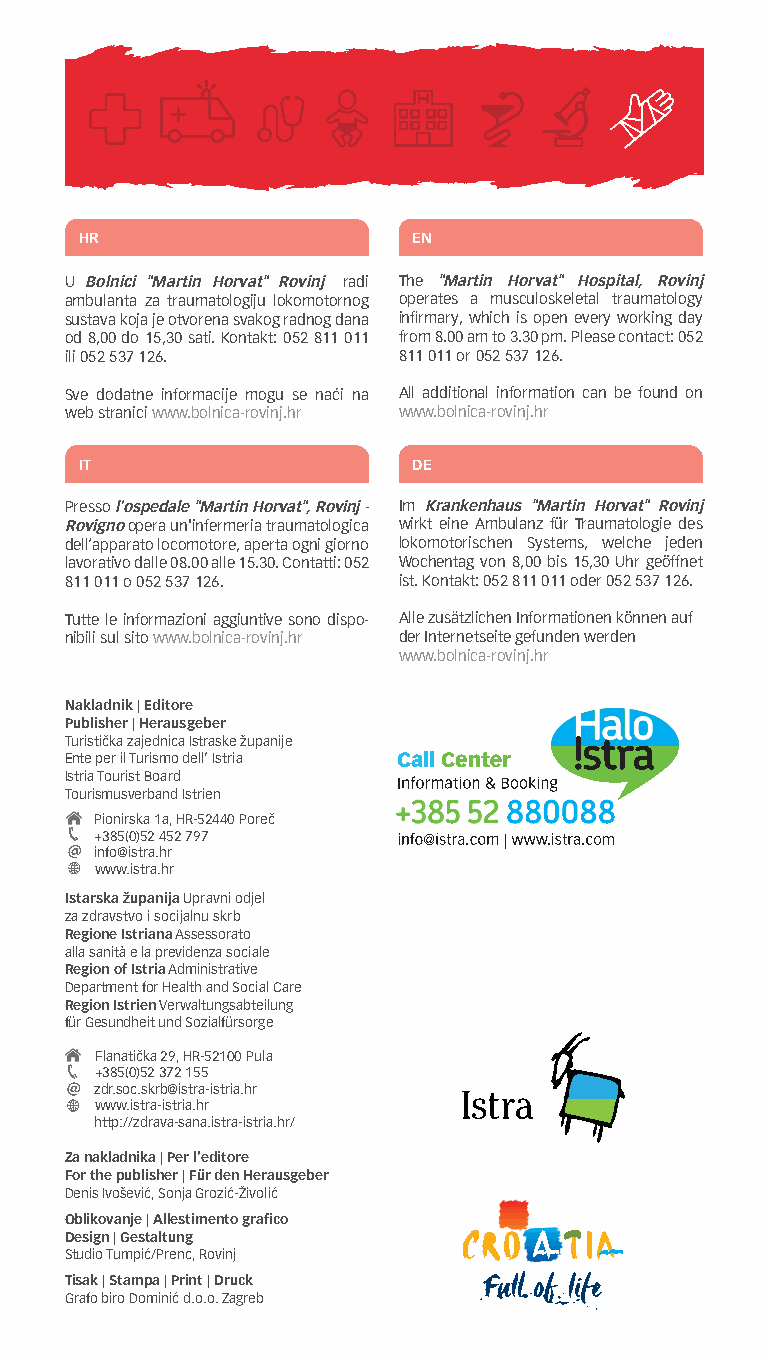
HR                    EN
 U Bolnici "Martin Horvat" Rovinj radi The "Martin Horvat" Hospital, Rovinj
 ambulanta za traumatologiju lokomotornog operates a musculoskeletal traumatology
 sustava koja je otvorena svakog radnog dana infirmary, which is open every working day
 od 8,00 do 15,30 sati. Kontakt: 052 811 011 from 8.00 am to 3.30 pm. Please contact: 052
 ili 052 537 126.      811 011 or 052 537 126.
 Sve dodatne informacije mogu se naći na All additional information can be found on
 web stranici www.bolnica-rovinj.hr www.bolnica-rovinj.hr
 IT                    DE
 Presso l'ospedale "Martin Horvat", Rovinj - Im Krankenhaus "Martin Horvat" Rovinj
 Rovigno opera un'infermeria traumatologica wirkt eine Ambulanz für Traumatologie des
 dell’apparato locomotore, aperta ogni giorno lokomotorischen Systems, welche jeden
 lavorativo dalle 08.00 alle 15.30. Contatti: 052 Wochentag von 8,00 bis 15,30 Uhr geöffnet
 811 011 o 052 537 126. ist. Kontakt: 052 811 011 oder 052 537 126.
 Tutte le informazioni aggiuntive sono dispo- Alle zusätzlichen Informationen können auf
 nibili sul sito www.bolnica-rovinj.hr der Internetseite gefunden werden
 www.bolnica-rovinj.hr
 Nakladnik | Editore
 Publisher | Herausgeber
 Turistička zajednica Istraske županije
 Ente per il Turismo dell’ Istria
 Istria Tourist Board
 Tourismusverband Istrien
 Pionirska 1a, HR-52440 Poreč
 +385(0)52 452 797
 info@istra.hr
 www.istra.hr
 Istarska županija Upravni odjel
 za zdravstvo i socijalnu skrb
 Regione Istriana Assessorato
 alla sanità e la previdenza sociale
 Region of Istria Administrative
 Department for Health and Social Care
 Region Istrien Verwaltungsabteilung
 für Gesundheit und Sozialfürsorge
 Flanatička 29, HR-52100 Pula
 +385(0)52 372 155
 zdr.soc.skrb@istra-istria.hr
 www.istra-istria.hr
 http://zdrava-sana.istra-istria.hr/
 Za nakladnika | Per l’editore
 For the publisher | Für den Herausgeber
 Denis Ivošević, Sonja Grozić-Živolić
 Oblikovanje | Allestimento grafico
 Design | Gestaltung
 Studio Tumpić/Prenc, Rovinj
 Tisak | Stampa | Print | Druck
 Grafo biro Dominić d.o.o. Zagreb